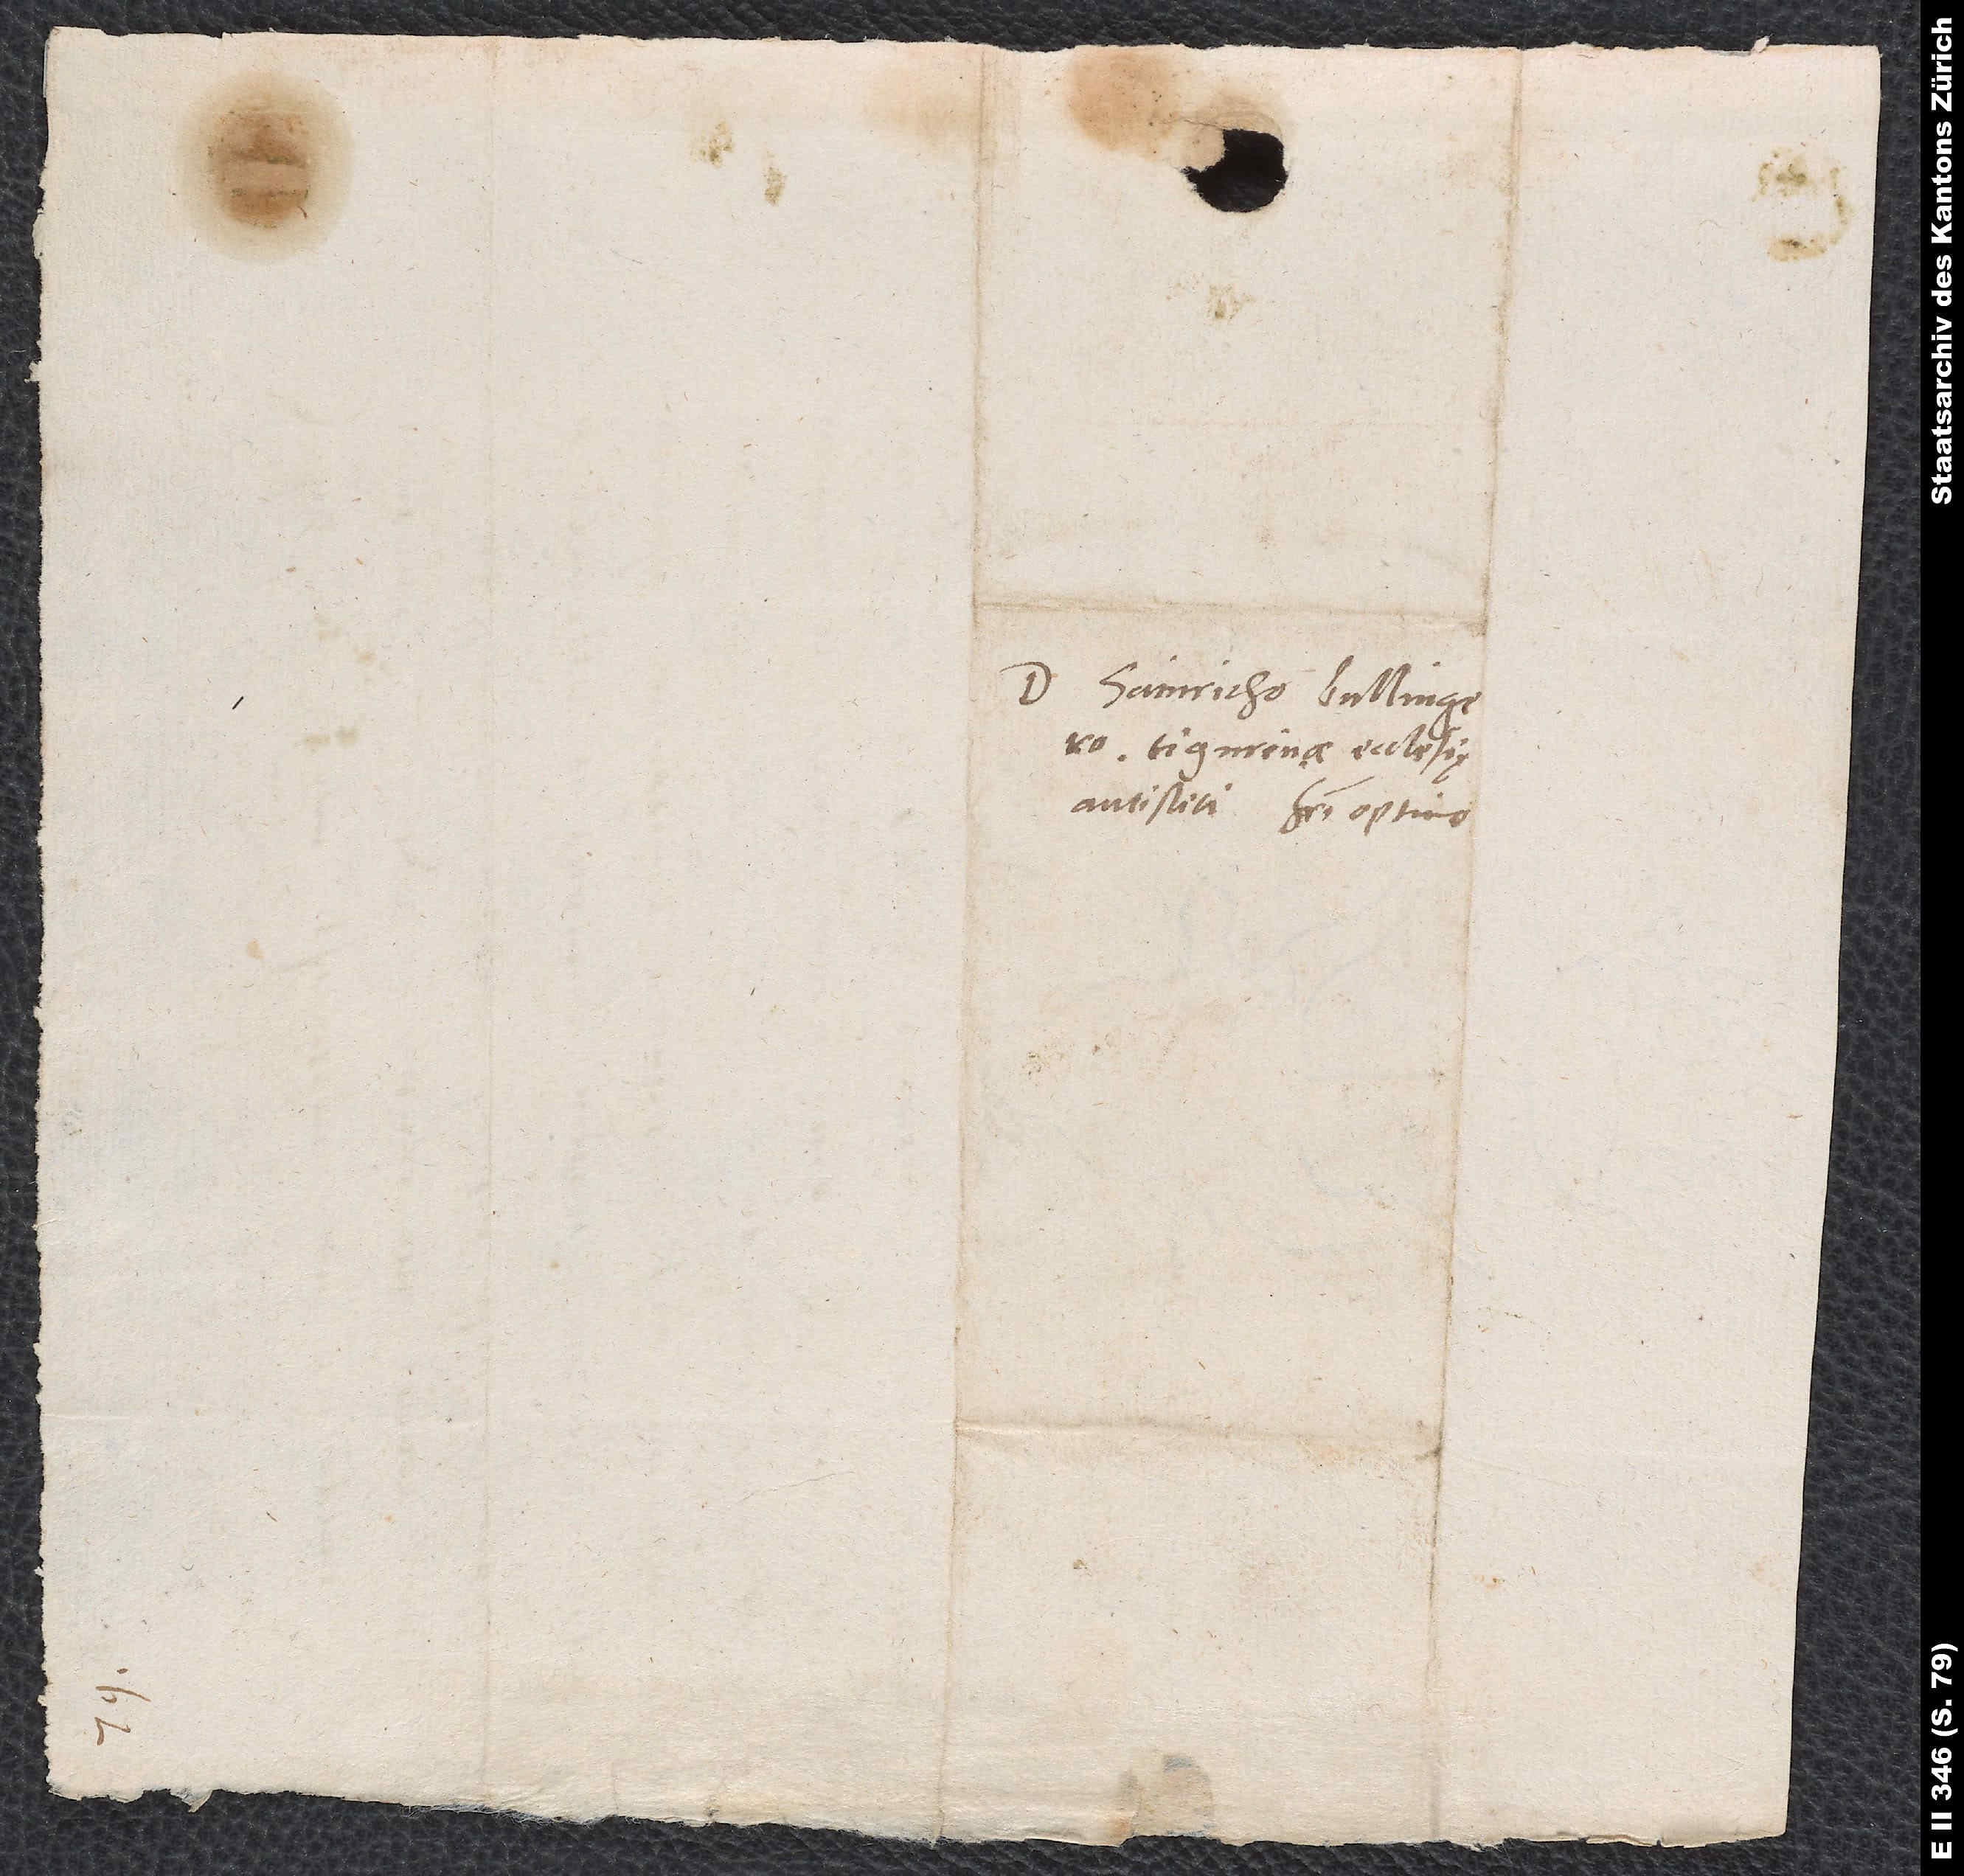
Domino Hainricho Bullingero,
Tigurinae ecclesię
antistiti, fratri optimo.